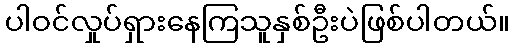
ပါဝင်လှုပ်ရှားနေကြသူနှစ်ဦးပဲဖြစ်ပါတယ်။